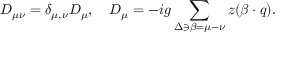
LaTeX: D _ { \mu \nu } = \delta _ { \mu , \nu } D _ { \mu } , \quad D _ { \mu } = - i g \sum _ { \Delta \ni \beta = \mu - \nu } z ( \beta \cdot q ) .